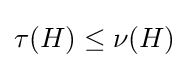
\tau (H)\leq \nu (H)